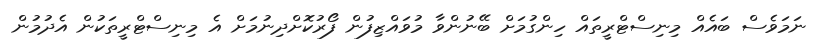
ނަމަވެސް ބައެއް މިނިސްޓްރީތައް ހިންގުމަށް ބޭނުންވާ މުވައްޒިފުން ފޯރުކޮށްދިނުމަށް އެ މިނިސްޓްރީތަކުން އެދުމުން